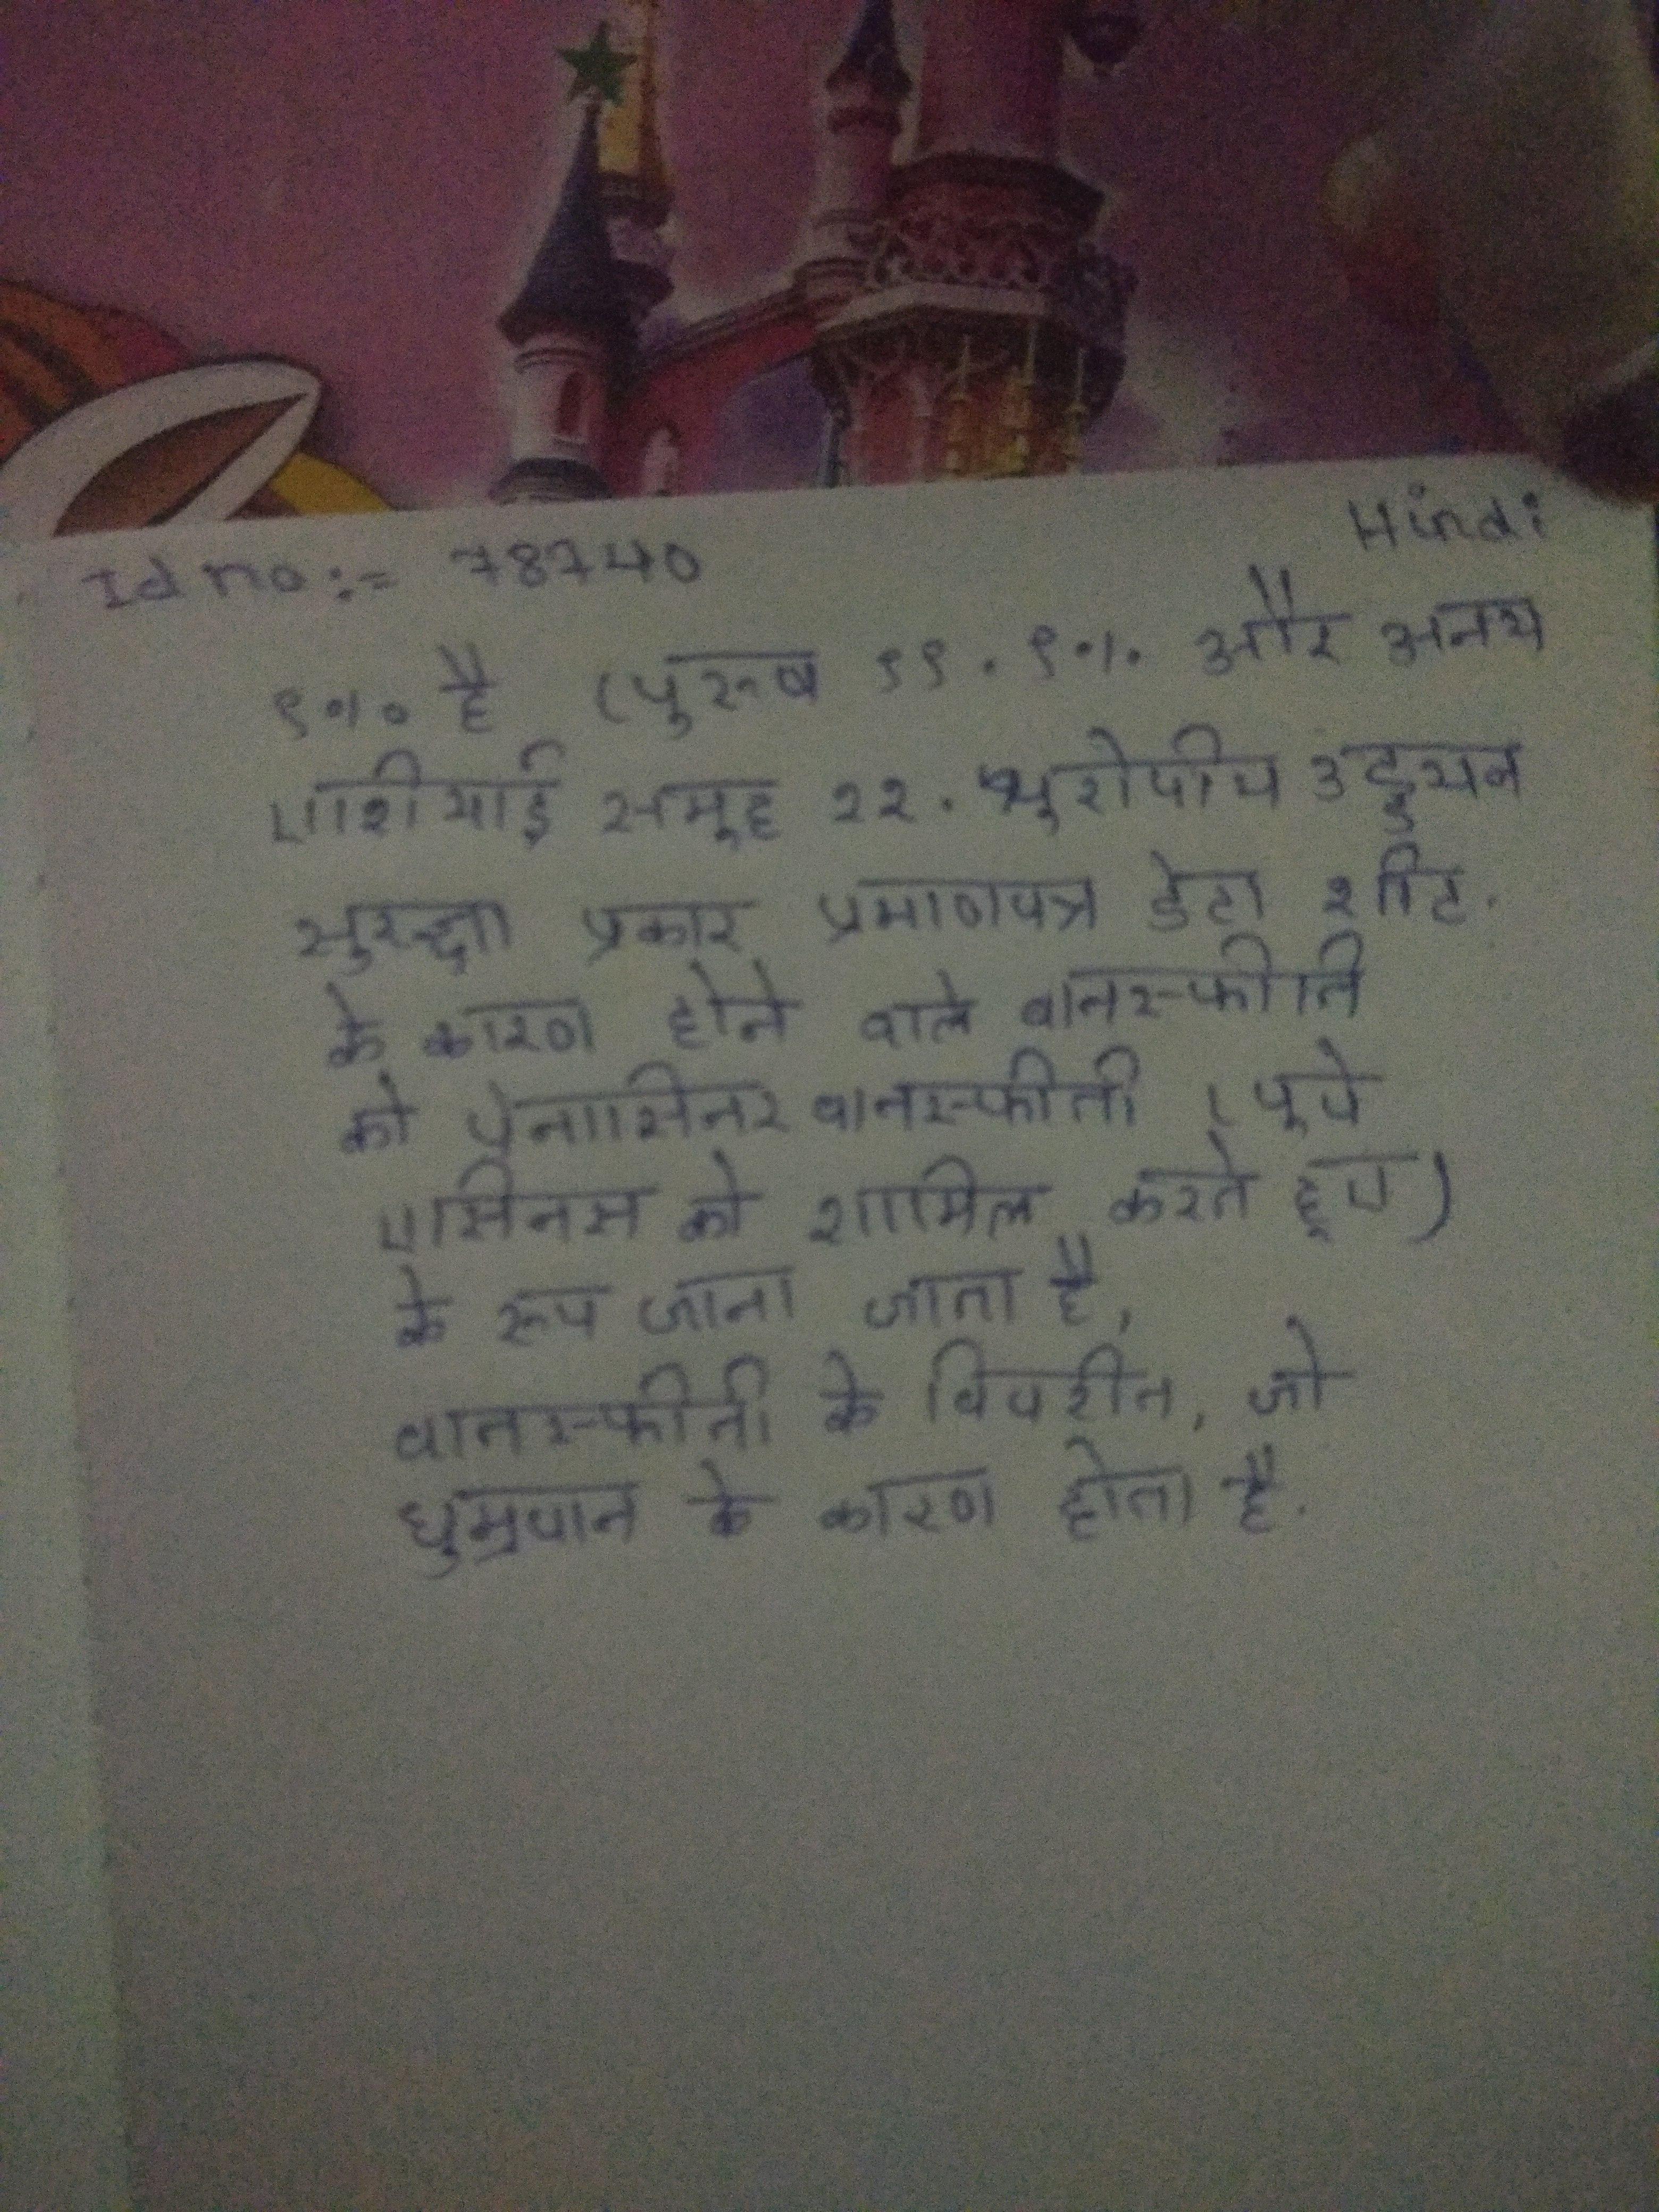
९% है (पुरुष ९९ . ९% और अन्य एशियाई समूह ११ . यूरोपीय उड्डयन सुरक्षा प्रकार प्रमाणपत्र डेटा शीट . के कारण होने वाले वातस्फीति को पेनासिनर वातस्फीति (पूरे एसिनस को शामिल करते हुए) के रूप जाना जाता है, वातस्फीति के विपरीत, जो धूम्रपान के कारण होता है ।